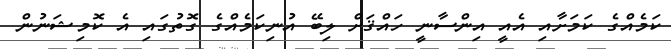
ކަމެއްގެ ކަމަށާއި އެއީ އިންސާނީ ހައްޤަށް ލިބޭ އުނިކަމެއްގެ ގޮތުގައި އެ ކޮމިޝަނުން